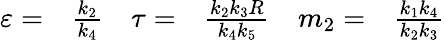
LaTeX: \begin{array}{rlrlrl}{\varepsilon=}&{{}\frac{k_{2}}{k_{4}}}&{\tau=}&{{}\frac{k_{2}k_{3}R}{k_{4}k_{5}}}&{m_{2}=}&{{}\frac{k_{1}k_{4}}{k_{2}k_{3}}}\end{array}